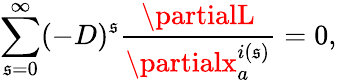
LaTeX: \sum_{\mathfrak{s}=0}^{\infty}(-D)^{\mathfrak{s}}\frac{{\partialL}}{{\partialx_{a}^{i(\mathfrak{s})}}}=0,